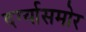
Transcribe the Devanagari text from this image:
दर्ग्यासमोर